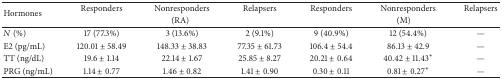
| <ROWSPAN=2> Hormones | Responders | Nonresponders | Relapsers | Responders | Nonresponders | Relapsers |
 | <COLSPAN=3> (RA) | <COLSPAN=3> (M) |
 | --- | --- | --- | --- | --- | --- | --- |
 | N (%) | 17 (77.3%) | 3 (13.6%) | 2 (9.1%) | 9 (40.9%) | 12 (54.4%) | — |
 | E2 (pg/mL) | 120.01 ± 58.49 | 148.33 ± 38.83 | 77.35 ± 61.73 | 106.4 ± 54.4 | 86.13 ± 42.9 | — |
 | TT (ng/dL) | 19.6 ± 1.14 | 22.14 ± 1.67 | 25.85 ± 8.27 | 20.21 ± 0.64 | 40.42 ± 11.43∗ | — |
 | PRG (ng/mL) | 1.14 ± 0.77 | 1.46 ± 0.82 | 1.41 ± 0.90 | 0.30 ± 0.11 | 0.81 ± 0.27∗ | — |